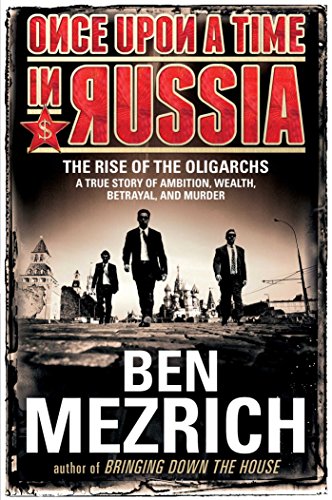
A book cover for Once Upon a Time in Russia: The Rise of the OligarchsA True Story of Ambition, Wealth, Betrayal, and Murder; Ben Mezrich; Biographies & Memoirs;